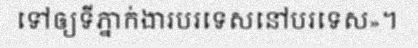
ទៅឲ្យទីភ្នាក់ងារបរទេសនៅបរទេស»។